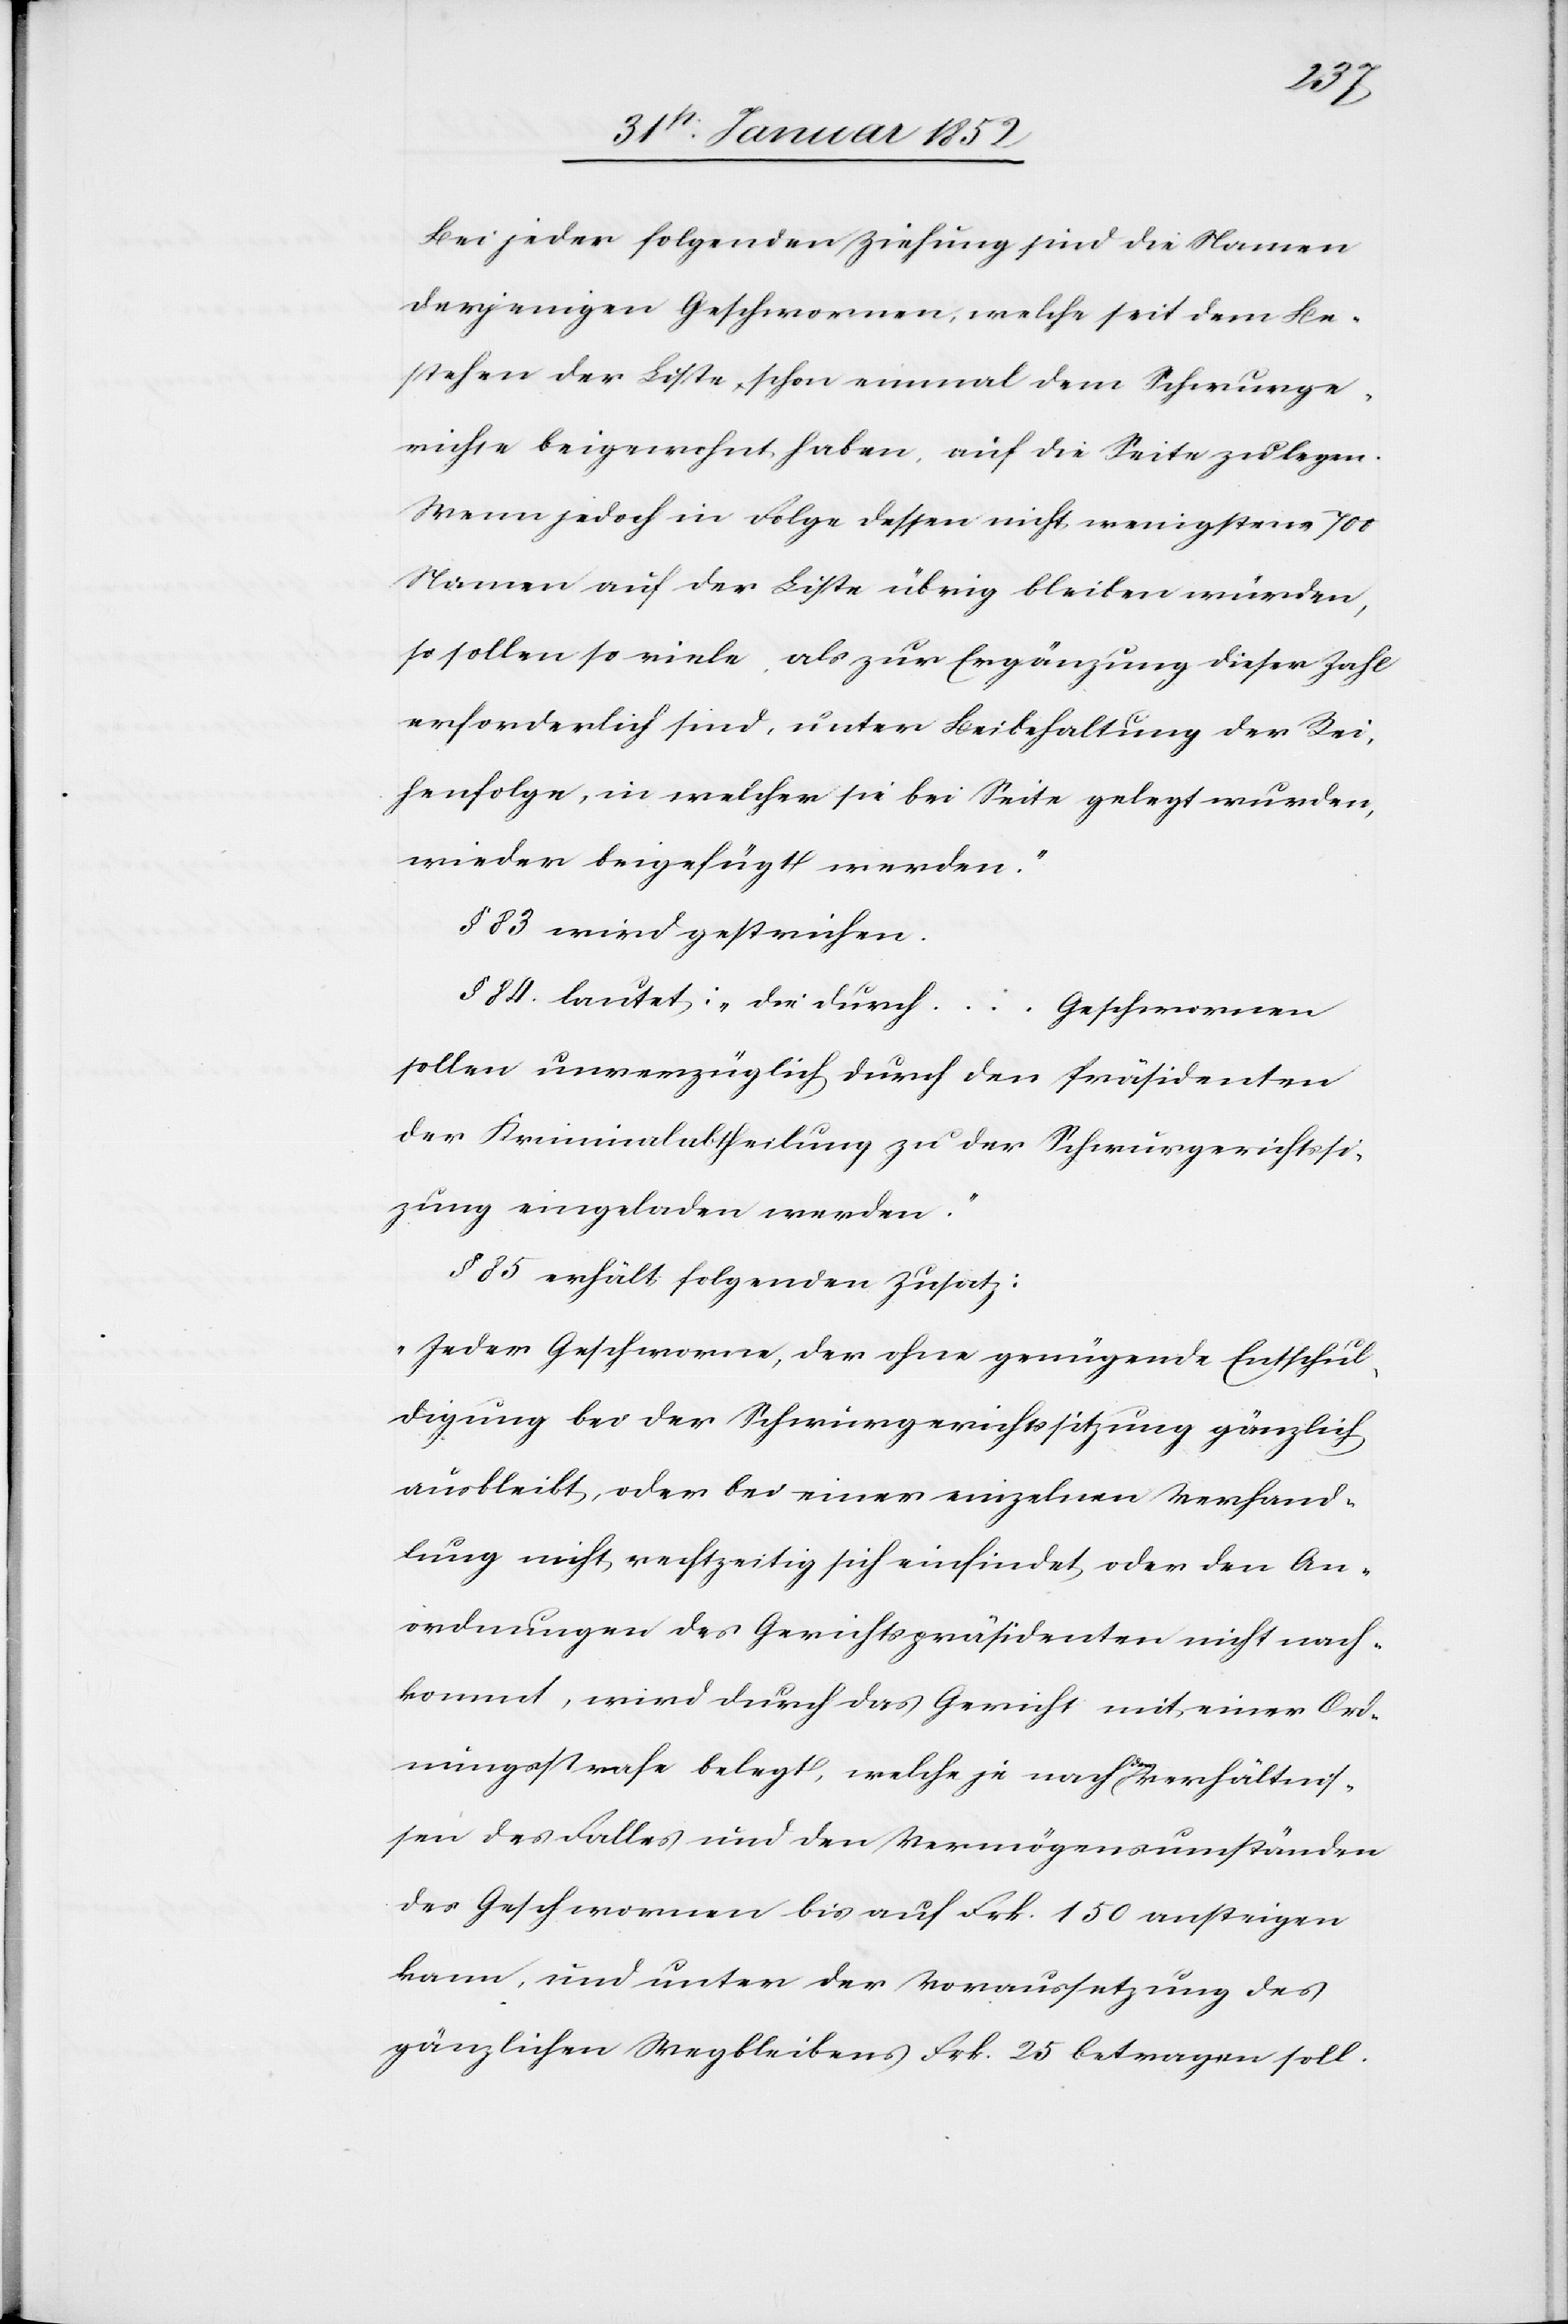
Bei jeder folgenden Ziehung sind die Namen
derjenigen Geschwornen, welche seit dem Be¬
stehen der Liste schon einmal dem Schwurge¬
richte beigewohnt haben, auf die Seite zu legen.
Wenn jedoch in Folge dessen nicht wenigstens 700
Namen auf der Liste übrig bleiben würden,
so sollen so viele als zur Ergänzung dieser Zahl
erforderlich sind, unter Beibehaltung der Rei¬
henfolge, in welcher sie bei Seite gelegt wurden,
wieder beigefügt werden.“
§ 83 wird gestrichen.
§ 84. lautet: „die durch ... Geschwornen
sollen unverzüglich durch den Präsidenten
der Kriminalabtheilung zu der Schwurgerichtssit¬
zung eingeladen werden.“
§ 85 erhält folgenden Zusatz:
„Jeder Geschworene, der ohne genügende Entschul¬
digung bei der Schwurgerichtssitzung gänzlich
ausbleibt, oder bei einer einzelnen Verhand¬
lung nicht rechtzeitig sich einfindet oder den An¬
ordnungen des Gerichtspräsidenten nicht nach¬
kommt, wird durch das Gericht mit einer Ord¬
nungsstrafe belegt, welche je nach den Verhältnis¬
sen des Falles und den Vermögensumständen
des Geschworenen bis auf Frk. 150 ansteigen
kann, und unter der Voraussetzung des
gänzlichen Wegbleibens Frk. 25 betragen soll.